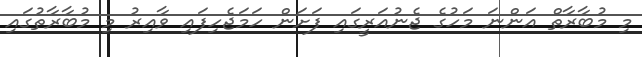
މި މުބާރާތް އަންނަ މަހުގެ ޖެނުއަރީގައި ފަށަން ހަމަޖެހިފައި ވާއިރު މި މުބާރާތުގައި